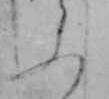
ふ